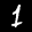
Label: 1